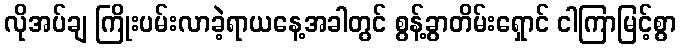
လိုအပ်ချ ကြိုးပမ်းလာခဲ့ရာယနေ့အခါတွင် စွန့်ခွာတိမ်းရှောင် ငါကြာမြင့်စွာ